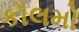
કૉલમો